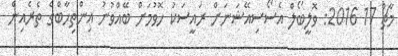
މާޗް 17 2016: ވޮލީބޯލް އެސޯސިއޭޝަނަށް ރައީސަކު ހޮވުމަށް ބޭއްވުނު އިންތިހާބްގެ ތެރެއިން